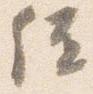
位